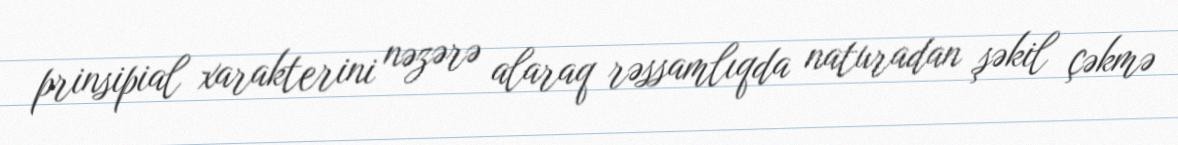
prinsipial xarakterini nəzərə alaraq rəssamlıqda naturadan şəkil çəkmə